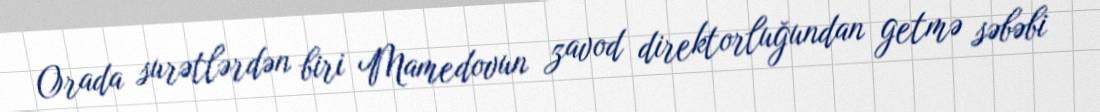
Orada surətlərdən biri Mamedovun zavod direktorluğundan getmə səbəbi